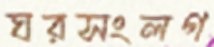
ঘরসংলগ